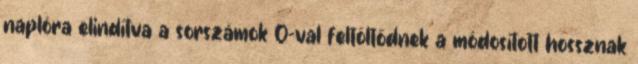
naplóra elindítva a sorszámok 0-val feltöltődnek a módosított hossznak